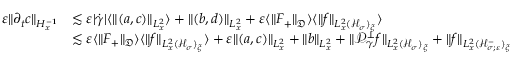
\begin{array} { r l } { \varepsilon \| \partial _ { t } c \| _ { H _ { x } ^ { - 1 } } } & { \lesssim \varepsilon | \dot { \gamma } | \langle \| ( a , c ) \| _ { L _ { x } ^ { 2 } } \rangle + \| ( b , d ) \| _ { L _ { x } ^ { 2 } } + \varepsilon \langle \| F _ { + } \| _ { \mathfrak D } \rangle \langle \| f \| _ { L _ { x } ^ { 2 } ( \mathcal H _ { \sigma } ) _ { \xi } } \rangle } \\ & { \lesssim \varepsilon \langle \| F _ { + } \| _ { \mathfrak D } \rangle \langle \| f \| _ { L _ { x } ^ { 2 } ( \mathcal H _ { \sigma } ) _ { \xi } } \rangle + \varepsilon \| ( a , c ) \| _ { L _ { x } ^ { 2 } } + \| b \| _ { L _ { x } ^ { 2 } } + \| \mathcal P _ { \gamma } ^ { \perp } f \| _ { L _ { x } ^ { 2 } ( \mathcal H _ { \sigma } ) _ { \xi } } + \| f \| _ { L _ { x } ^ { 2 } ( \mathcal H _ { \sigma ; \varepsilon } ^ { - } ) _ { \xi } } } \end{array}